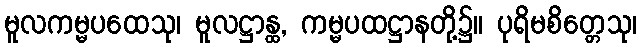
မူလကမ္မပထေသု၊ မူလဋ္ဌာန္ထ, ကမ္မပထဋ္ဌာနတို့၌။ ပုရိမစိတ္တေသု၊